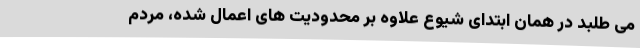
می طلبد در همان ابتدای شیوع علاوه بر محدودیت های اعمال شده، مردم